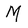
Character: M